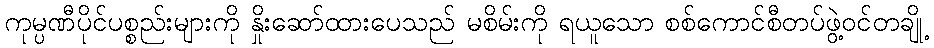
ကုမ္ပဏီပိုင်ပစ္စည်းများကို နှိုးဆော်ထားပေသည် မစိမ်းကို ရယူသော စစ်ကောင်စီတပ်ဖွဲ့ဝင်တချို့